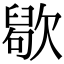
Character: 𣤒